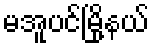
မအူပင်မြို့နယ်